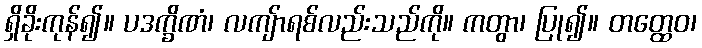
ရှိခိုးကုန်၍။ ပဒက္ခိဏံ၊ လကျ်ာရစ်လည်းသည်ကို။ ကတွာ၊ ပြု၍။ တတ္ထေဝ၊